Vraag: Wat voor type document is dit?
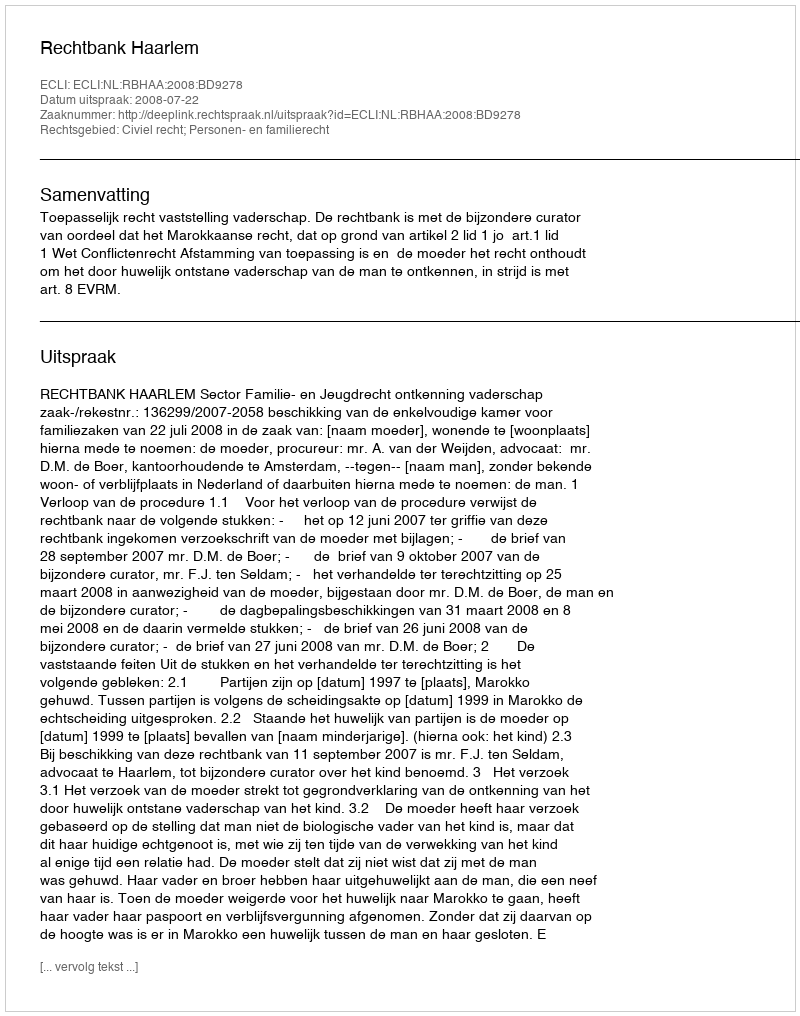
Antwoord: Uitspraak